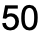
50